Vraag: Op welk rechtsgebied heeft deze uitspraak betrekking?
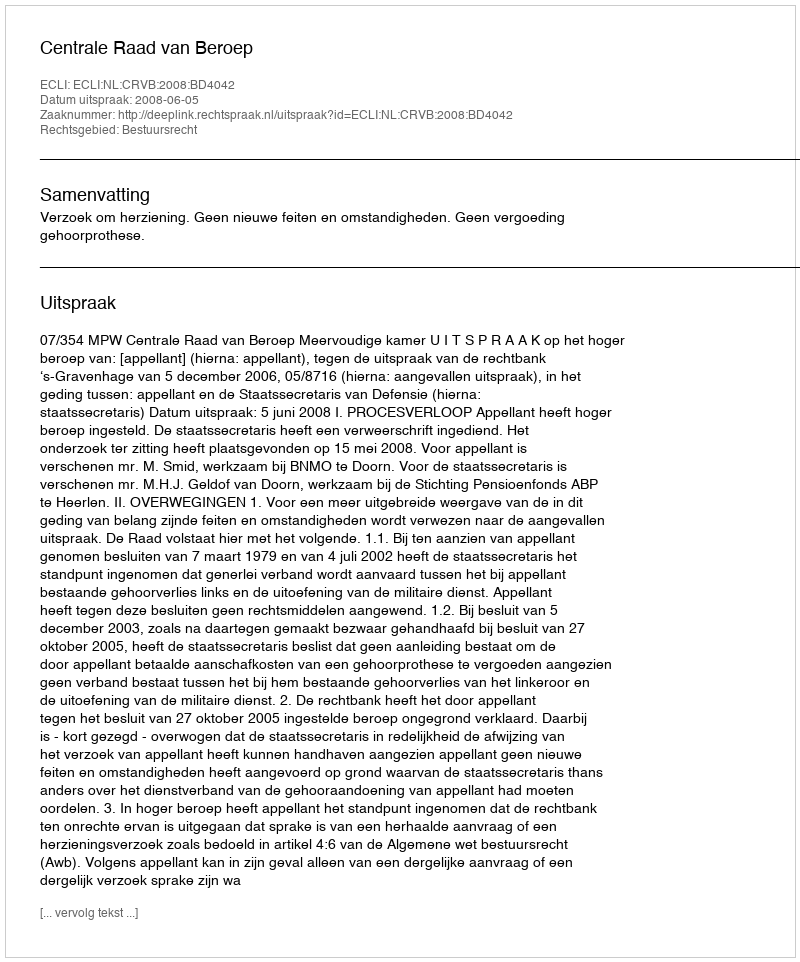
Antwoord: Bestuursrecht